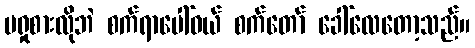
မရှုစားလိုဘဲ စက်ရာပေါ်ဝယ် စက်တော် ခေါ်လေတော့သည်။